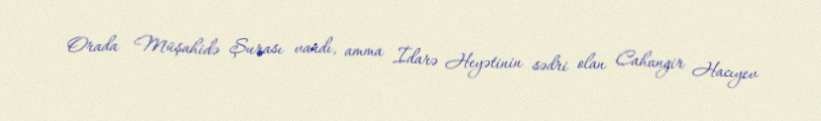
Orada Müşahidə Şurası vardı, amma İdarə Heyətinin sədri olan Cahangir Hacıyev